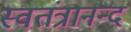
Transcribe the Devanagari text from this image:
स्वतंत्रानन्द